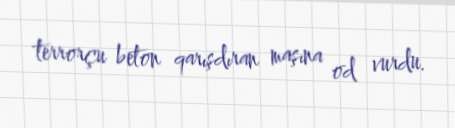
terrorçu beton qarışdıran maşına od vurdu.